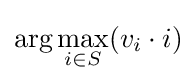
\arg \max _{i\in S}(v_{i}\cdot i)